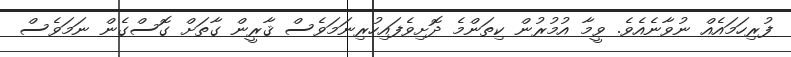
ފުރިހަމައެއް ނުވާނެއެވެ. ވީމާ އުމުރުން ކިތަންމެ ދޮށިވެފައިހުރިނަމަވެސް ޤާރީން ގާތަށް ގޮސްގެން ނަމަވެސް